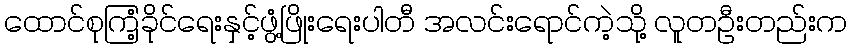
ထောင်စုကြံ့ခိုင်ရေးနှင့်ဖွံ့ဖြိုးရေးပါတီ အလင်းရောင်ကဲ့သို့ လူတဦးတည်းက